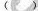
()